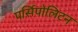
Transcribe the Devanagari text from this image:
पर्सिपोलिटन